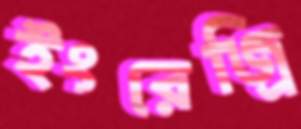
ইংরেজ্রি